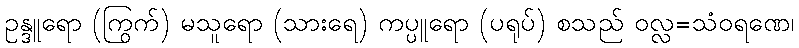
ဥန္ဒူရော (ကြွက်) မသူရော (သားရေ) ကပ္ပူရော (ပရုပ်) စသည် ဝလ္လ=သံဝရဏေ၊